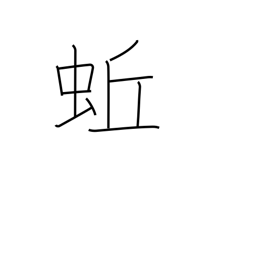
Meaning: earthworm